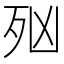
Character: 𣧑